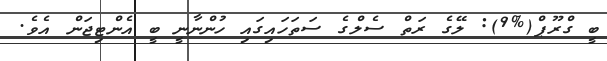
ބީ ގްރޫޕް(%9): ލޭގެ ރަތް ސެލްގެ ސަތަހައިގައި ހުންނާނީ ބީ އެންޓިޖަން އެވެ.